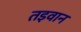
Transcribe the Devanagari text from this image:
तइवान